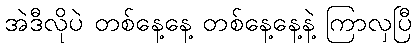
အဲဒီလိုပဲ တစ်နေ့နေ့ တစ်နေ့နေ့နဲ့ ကြာလှပြီ